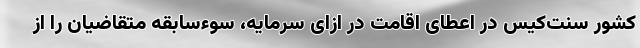
کشور سنت‌کیس در اعطای اقامت در ازای سرمایه، سوءسابقه متقاضیان را از